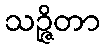
သဉ္ဇိတာ